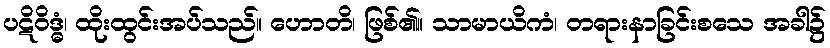
ပဋိဝိဒ္ဓံ၊ ထိုးထွင်းအပ်သည်။ ဟောတိ၊ ဖြစ်၏။ သာမာယိကံ၊ တရားနာခြင်းစသေ အခါ၌